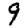
Digit: 9